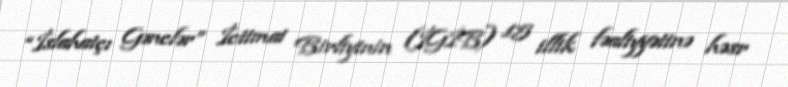
“İslahatçı Gənclər” İctimai Birliyinin (İGİB) 15 illik fəaliyyətinə həsr